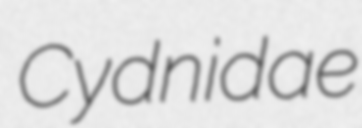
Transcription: Cydnidae